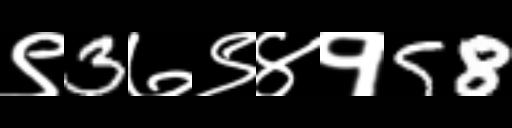
Text: ९3७९४१58